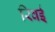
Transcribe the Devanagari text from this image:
रिवई